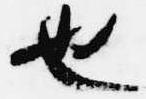
也